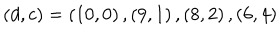
LaTeX: \left( d , c \right) = \left( 1 0 , 0 \right) , \left( 9 , 1 \right) , \left( 8 , 2 \right) , \left( 6 , 4 \right)